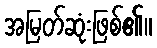
အမြတ်ဆုံးဖြစ်၏။